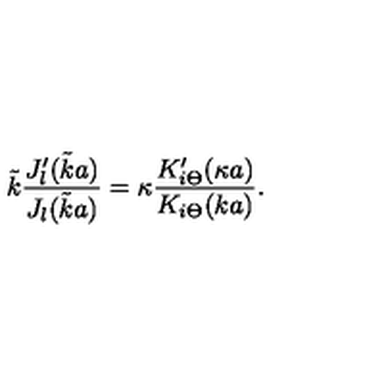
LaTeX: \tilde { k } \frac { J _ { l } ^ { \prime } ( \tilde { k } a ) } { J _ { l } ( \tilde { k } a ) } = \kappa \frac { K _ { i \Theta } ^ { \prime } ( \kappa a ) } { K _ { i \Theta } ( k a ) } .